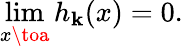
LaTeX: \operatorname*{lim}_{x\toa}h_{\mathbf{k}}(x)=0.